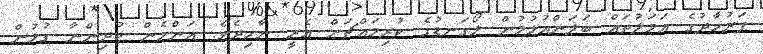
ފަރުހާދުގެ އަމަލުތައް ބަލަންއުޅުމުން ލޯގަނޑުގެ ކުރިމައްޗަށް އެރީ ނާހިދެވެ. އަންހެން ކުދިންނާ ގުޅުން